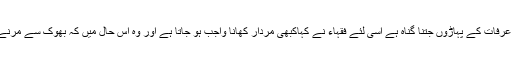
اور امام احمد کے الفاظ ہیں کہ جو شخص اللہ کی رخصت و رعایت کو قبول نہ کرے اس پر میدان عرفات کے پہاڑوں جتنا گناہ ہے اسی لئے فقہاء نے کہاکبھی مردار کھانا واجب ہو جاتا ہے اور وہ اس حال میں کہ بھوک سے مرنے کا خوف ہو اور کچھ کھانے کو نہ ملے، کبھی مستحب اور کبھی مباح اس کا مدار حالات پر ہے۔